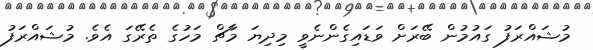
މުޝައްރަފު ގައުމުން ބޭރަށް ވަޑައިގެންނެވީ މިދިޔަ މާޗް މަހުގެ ތެރޭގަ އެވެ. މުޝައްރަފު